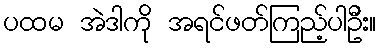
ပထမ အဲဒါကို အရင်ဖတ်ကြည့်ပါဦး။